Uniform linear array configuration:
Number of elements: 4
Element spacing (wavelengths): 0.75
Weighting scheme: kaiser
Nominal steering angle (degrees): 0
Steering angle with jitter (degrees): -0.472
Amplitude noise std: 0.05
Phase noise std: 0.05

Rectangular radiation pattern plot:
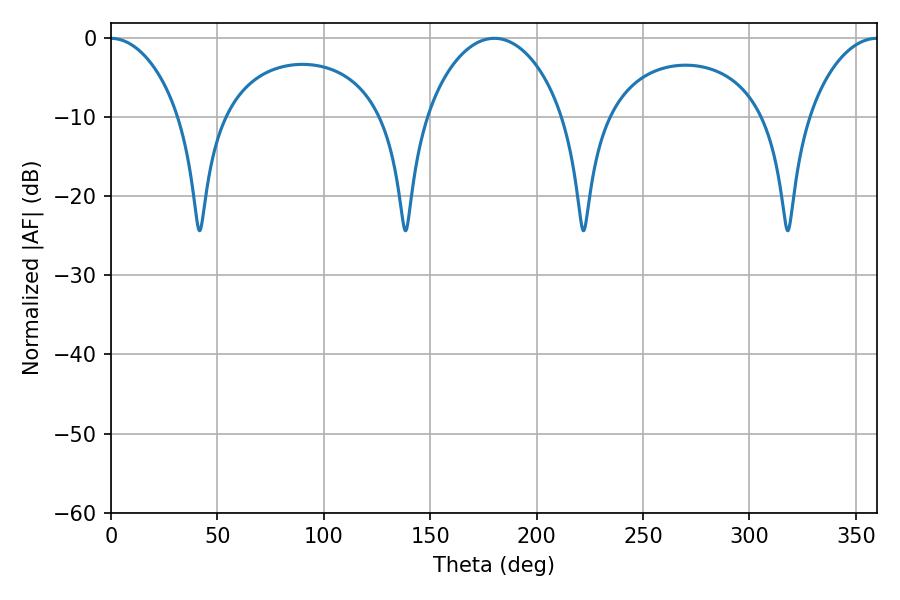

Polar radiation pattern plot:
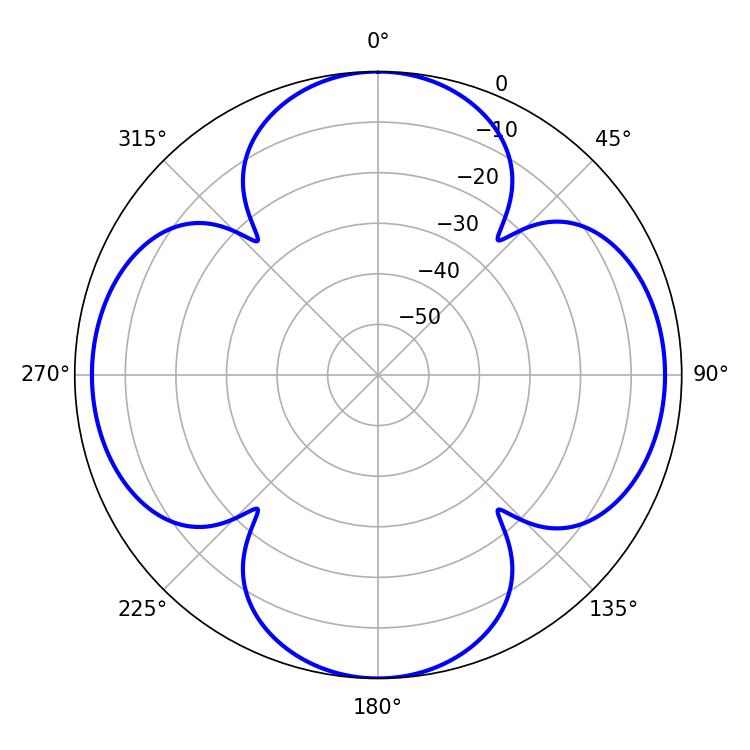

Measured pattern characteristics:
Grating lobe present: TRUE
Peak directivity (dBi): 23.22
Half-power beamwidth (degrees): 36.9
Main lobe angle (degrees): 180.18